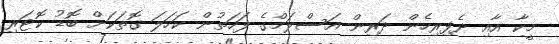
މީކާ އާއި ދެފިރިހެން ދަރިން އަސްލަމްގެ ފަހަތުން ކަހަލަ ގޮތަކަށް ބޮޑު ކޮޓަރި